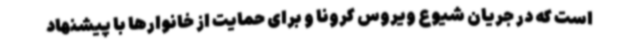
است که در جریان شیوع ویروس کرونا و برای حمایت از خانوارها با پیشنهاد